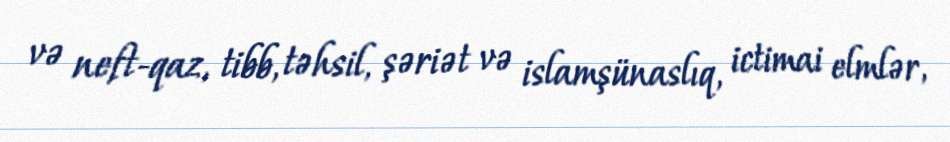
və neft-qaz, tibb, təhsil, şəriət və islamşünaslıq, ictimai elmlər,